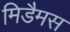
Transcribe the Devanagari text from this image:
मिडैमस